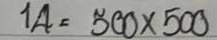
14 = 500x500